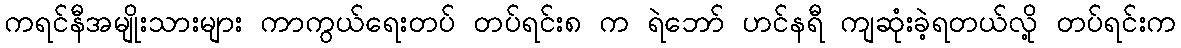
ကရင်နီအမျိုးသားများ ကာကွယ်ရေးတပ် တပ်ရင်း၈ က ရဲဘော် ဟင်နရီ ကျဆုံးခဲ့ရတယ်လို့ တပ်ရင်းက